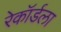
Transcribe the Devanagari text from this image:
रेकॉर्डला